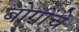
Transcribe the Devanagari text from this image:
बोगींचे